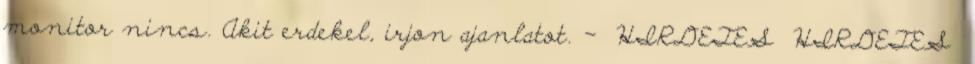
monitor nincs. Akit erdekel, irjon ajanlatot. - HIRDETES HIRDETES